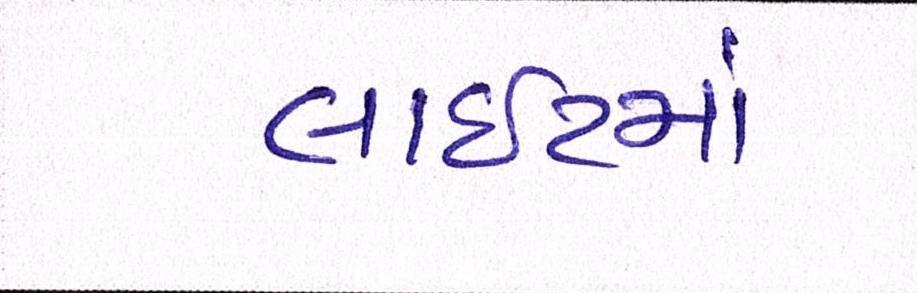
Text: લાઈટમાં